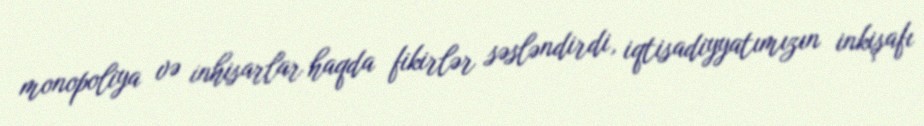
monopoliya və inhisarlar haqda fikirlər səsləndirdi, iqtisadiyyatımızın inkişafı